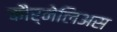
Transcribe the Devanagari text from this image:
कौर्नेलिअस